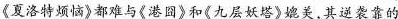
《夏洛特烦恼》都难与《港图》和《九层妖塔》媲美,其逆袭靠的